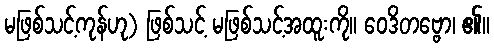
မဖြစ်သင့်ကုန်ဟု) ဖြစ်သင့် မဖြစ်သင့်အထူးကို။ ဝေဒိတဗ္ဗော၊ ၏။